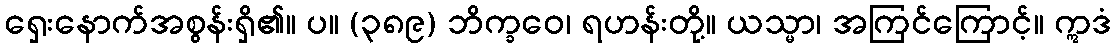
ရှေးနောက်အစွန်းရှိ၏။ ပ။ (၃၈၉) ဘိက္ခဝေ၊ ရဟန်းတို့။ ယသ္မာ၊ အကြင်ကြောင့်။ ဣဒံ